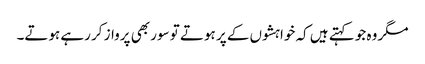
مگر وہ جو کہتے ہیں کہ خواہشوں کے پر ہوتے تو سور بھی پرواز کر رہے ہوتے۔